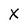
Character: X